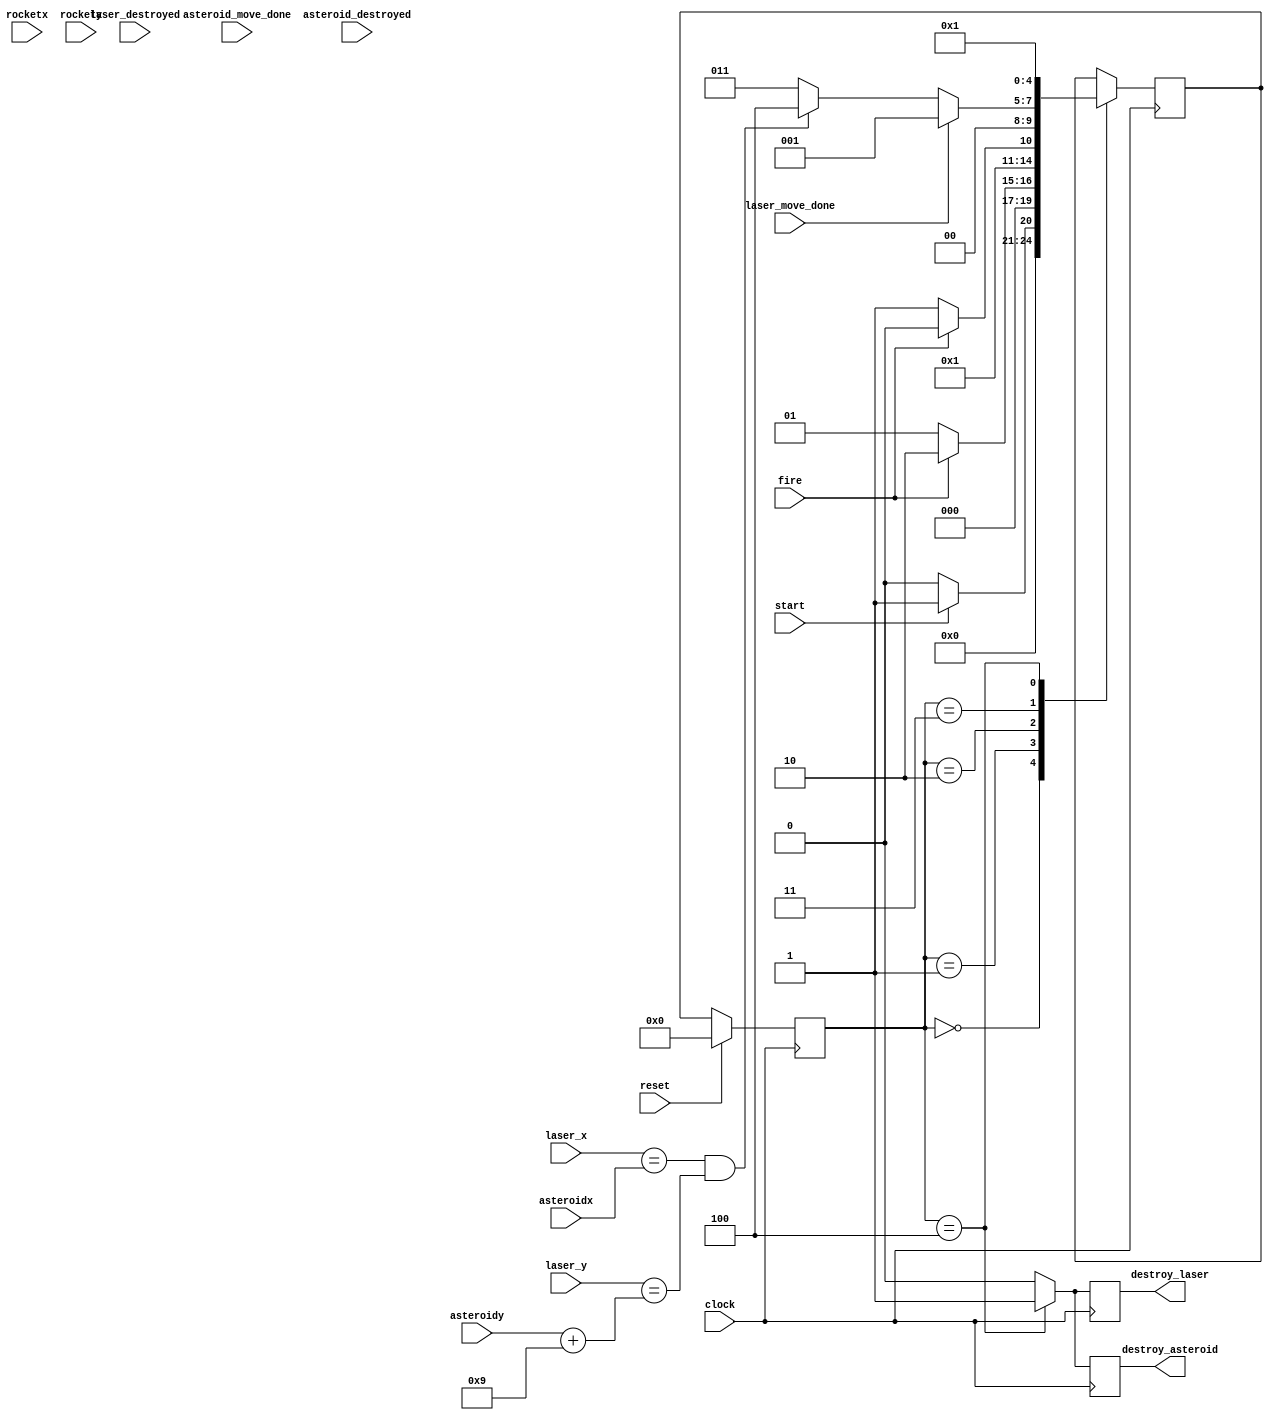
module collisionLASERandASTEROID
(
clock, 
reset,
start,
rocketx ,
rockety,
asteroidx, 
asteroidy,
laser_x, 
laser_y, 
asteroid_move_done, 
asteroid_destroyed, 
laser_move_done, 
laser_destroyed, 
fire,  
destroy_laser, 
destroy_asteroid);

input clock;
input reset;
input start;
input [7:0]  rocketx;
input [6:0]  rockety;
input [7:0]  asteroidx;
input [6:0] asteroidy;
input [7:0]  laser_x;
input [6:0]  laser_y;
input asteroid_move_done;
input asteroid_destroyed;
input laser_move_done;
input laser_destroyed;
input fire;
output reg destroy_laser;
output reg destroy_asteroid; 
reg [8:0] score; 


//score= 4'b0000;

reg [4:0] current_state, next_state; 

localparam 
S_nothing=4'd0,
S_play=4'd1,
S_wait_fire= 4'd2,
S_check= 4'd3, 
S_destroy=4'd4;

always @(posedge clock)  
begin 

case (current_state) 
S_nothing:
begin
if (start)
begin 
next_state=S_play; 
end
else 
begin 
next_state=S_nothing; //stays in s_nothing state
end 
end 


S_play: 
begin
if (fire)
begin 
next_state=S_wait_fire; 
end
else 
begin 
next_state=S_play; //if laser is not fired it stays in the s_play state
end 
end 


S_wait_fire: 
begin 
if (!fire) // s wait fire only goes to s check when fire is pulsed down to zero 
begin 
next_state= S_check; 
end
else 
begin 
next_state= S_wait_fire; 
end //for else 
end //for state 


S_check:
begin 
if (laser_move_done) 
begin //then goes to splay state to wait for fire to be shot again because nothing was shot and laser reached the end of the screen
next_state=S_play; 
end
//now check if the locations of the laser and asteroids are same 
else if ((laser_x==asteroidx) && (laser_y==(asteroidy+9)))
begin 
next_state=S_destroy; //it will destroy the laser and asteroid and increase the score 
end 
else 
begin next_state=S_check; 
end 
end //end for state



S_destroy: //increases score and sends destroy signal 
begin 
next_state=S_play; //after destroying it goes to check if laser is shot again 
end



endcase 
end 




//datapath control signals 

always@(posedge clock) 
begin

destroy_laser=1'b0;
destroy_asteroid=1'b0;


case (current_state)


S_nothing: 
begin 
score= 9'b000000000;
end


S_play:
begin 
end


S_wait_fire:
begin 
end


S_check:
begin 
end 


S_destroy: //score is incremented here 
begin 
destroy_laser=1'b1;
destroy_asteroid=1'b1;
score<=score+1;
end 

endcase 
end 



always@(posedge clock)
    begin
        if(reset)
            current_state <= S_nothing;
        else
            current_state <= next_state;
    end // state_FFS


endmodule